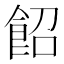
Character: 䬰